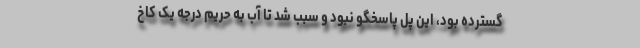
گسترده بود، این پل پاسخگو نبود و سبب شد تا آب به حریم درجه یک کاخ